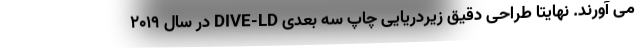
می آورند. نهایتا طراحی دقیق زیردریایی چاپ سه بعدی DIVE-LD در سال 2019